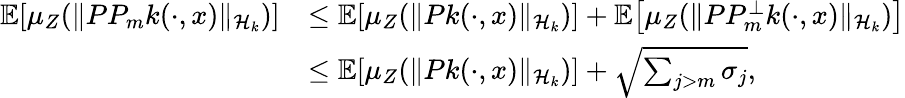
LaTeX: \begin{array}{rl}{\mathbb{E}\! \left[\mu_{Z}(\lVert PP_{m}k(\cdot,x)\rVert_{\mathcal{H}_{k}})\right]}&{\le\mathbb{E}\! \left[\mu_{Z}(\lVert Pk(\cdot,x)\rVert_{\mathcal{H}_{k}})\right]+\mathbb{E}\! \left[\mu_{Z}(\lVert PP_{m}^{\perp}k(\cdot,x)\rVert_{\mathcal{H}_{k}})\right]}\\ &{\le\mathbb{E}\! \left[\mu_{Z}(\lVert Pk(\cdot,x)\rVert_{\mathcal{H}_{k}})\right]+\sqrt{\sum_{j>m}\sigma_{j}},}\end{array}